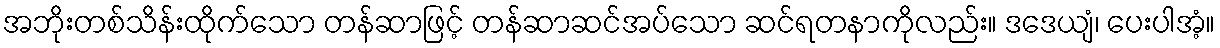
အဘိုးတစ်သိန်းထိုက်သော တန်ဆာဖြင့် တန်ဆာဆင်အပ်သော ဆင်ရတနာကိုလည်း။ ဒဒေယျံ၊ ပေးပါအံ့။